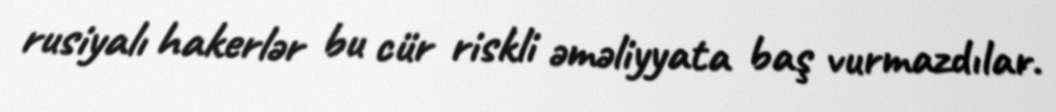
rusiyalı hakerlər bu cür riskli əməliyyata baş vurmazdılar.